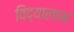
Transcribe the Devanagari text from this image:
विद्यालाभ